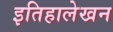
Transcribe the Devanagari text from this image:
इतिहालेखन